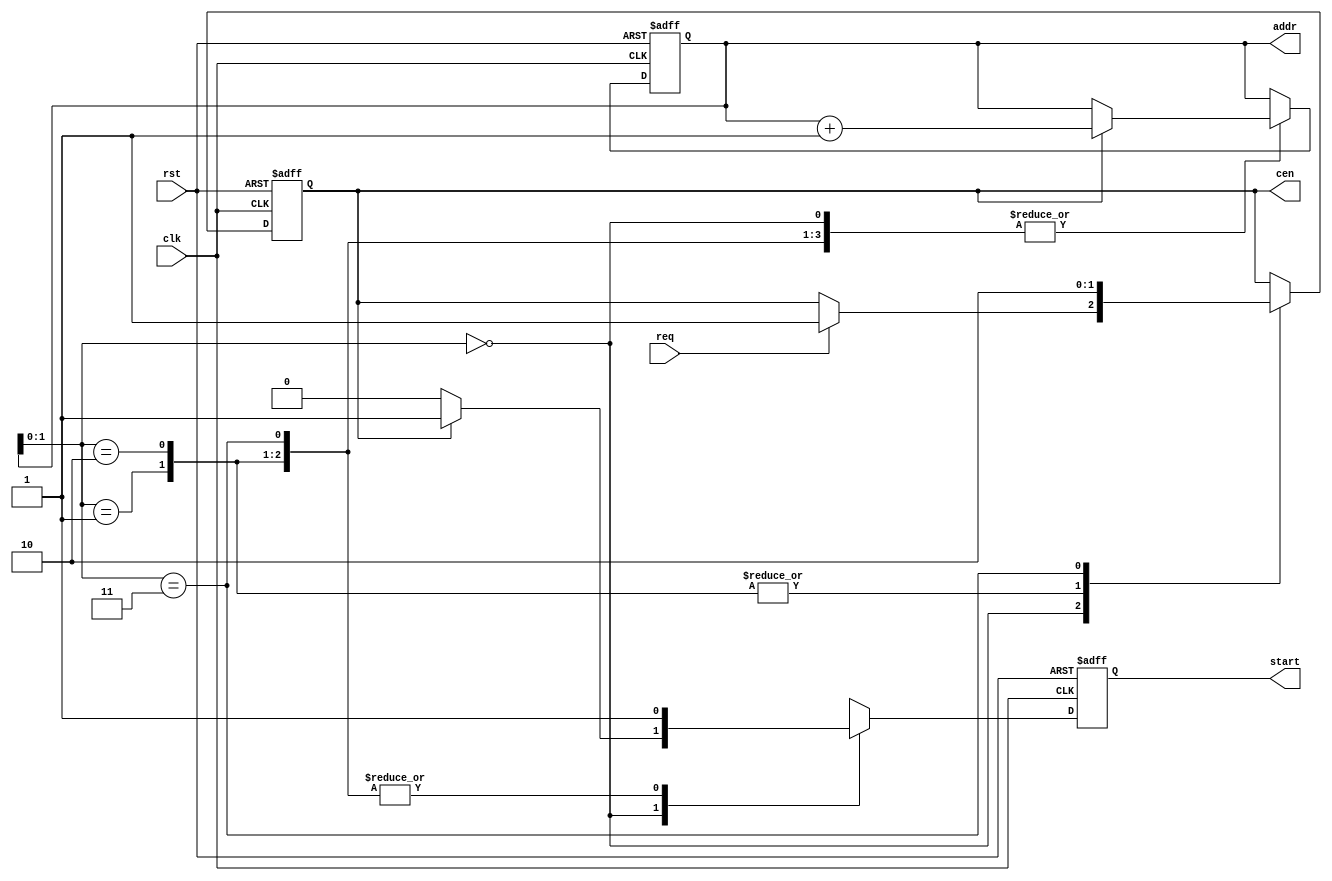
module memory_controller_output(
    input clk,rst,req,
    output reg cen,start,
    output reg [9:0]addr
    );

always @(posedge clk, posedge rst) begin
    if(rst) begin
        addr <= 10'd0;
        cen <= 1'b0;
        start <= 1'b0;
    end
    else begin
        case(addr[1:0])
            2'b00   :   begin
                            start <= 1'b0;
                            if(req) begin
                                cen <= 1'b1;
                            end
                            if(cen) begin
                                start <= 1'b1;
                                addr <= addr + 10'b1;
                            end
                        end
            2'b01   :   begin
                            cen <= 1'b1;
                            start <= 1'b1;
                            if(cen) addr <= addr + 10'b1;
                        end
            2'b10   :   begin
                            cen <= 1'b1;
                            start <= 1'b1;
                            if(cen) addr <= addr + 10'b1;
                        end
            2'b11   :   begin   
                            start <= 1'b1;
                            cen <= 1'b0;
                            if(cen) addr <= addr + 10'b1;
                        end
        endcase
    end
end

endmodule